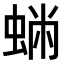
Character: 𧌽